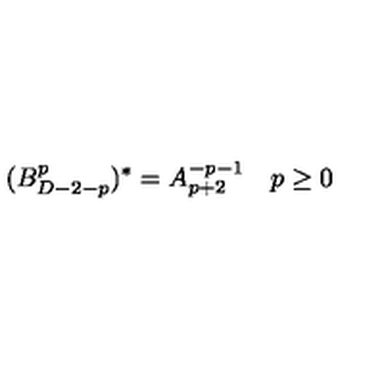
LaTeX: ( B _ { D - 2 - p } ^ { p } ) ^ { * } = A _ { p + 2 } ^ { - p - 1 } \quad p \ge 0